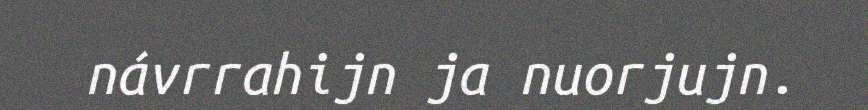
návrrahijn ja nuorjujn.